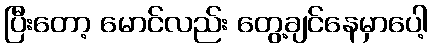
ပြီးတော့ မောင်လည်း တွေ့ချင်နေမှာပေါ့